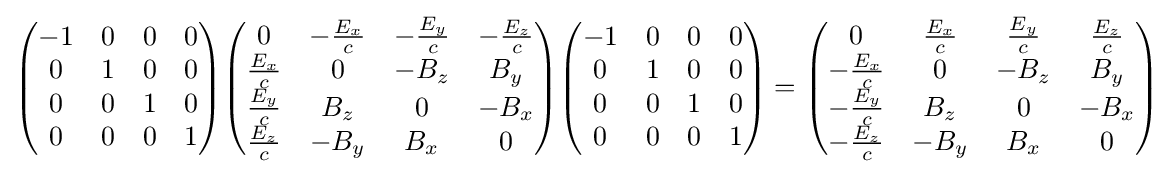
{\begin{pmatrix}-1&0&0&0\\0&1&0&0\\0&0&1&0\\0&0&0&1\end{pmatrix}}{\begin{pmatrix}0&-{\frac {E_{x}}{c}}&-{\frac {E_{y}}{c}}&-{\frac {E_{z}}{c}}\\{\frac {E_{x}}{c}}&0&-B_{z}&B_{y}\\{\frac {E_{y}}{c}}&B_{z}&0&-B_{x}\\{\frac {E_{z}}{c}}&-B_{y}&B_{x}&0\end{pmatrix}}{\begin{pmatrix}-1&0&0&0\\0&1&0&0\\0&0&1&0\\0&0&0&1\end{pmatrix}}={\begin{pmatrix}0&{\frac {E_{x}}{c}}&{\frac {E_{y}}{c}}&{\frac {E_{z}}{c}}\\-{\frac {E_{x}}{c}}&0&-B_{z}&B_{y}\\-{\frac {E_{y}}{c}}&B_{z}&0&-B_{x}\\-{\frac {E_{z}}{c}}&-B_{y}&B_{x}&0\end{pmatrix}}